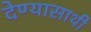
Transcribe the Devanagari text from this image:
देण्यासाथी